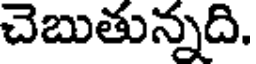
చెబుతున్నది.